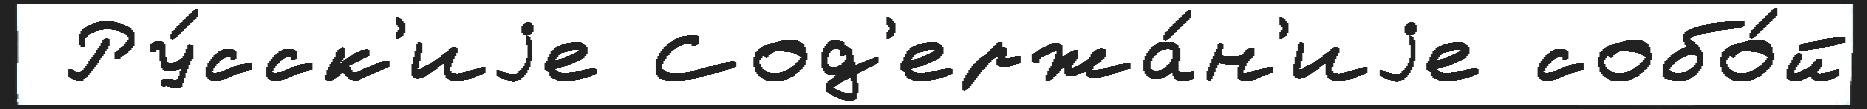
 Ру́сск'иjе Сод'ержа́н'иjе собо́й